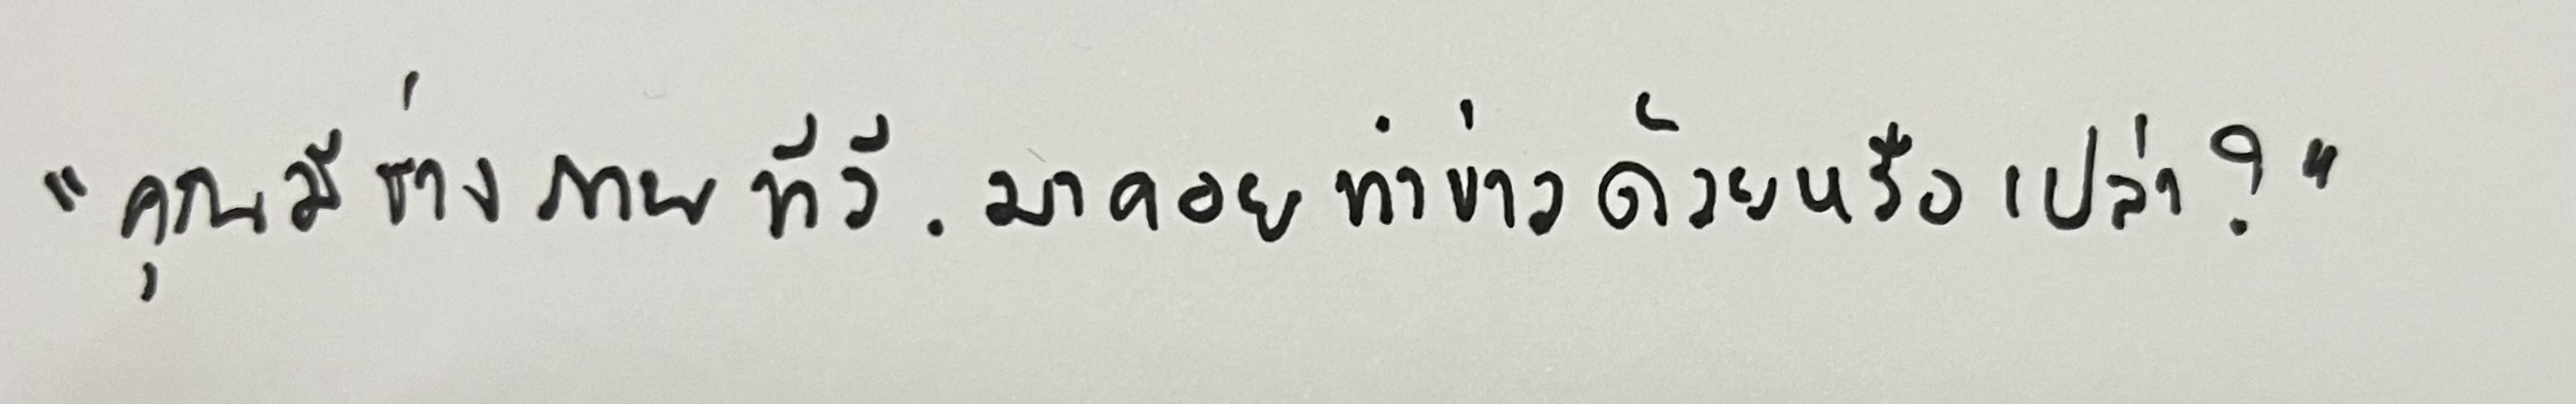
"คุณมีช่างภาพทีวี.มาคอยทำข่าวด้วยหรือเปล่า?"